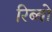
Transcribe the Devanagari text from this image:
रिब्बो